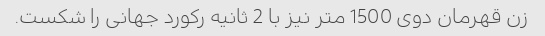
زن قهرمان دوی 1500 متر نیز با 2 ثانیه رکورد جهانی را شکست.